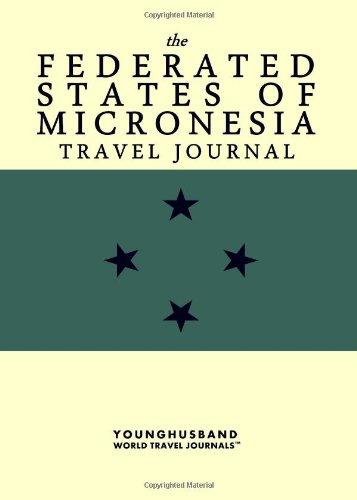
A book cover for The Federated States of Micronesia Travel Journal; Younghusband World Travel Journals; Travel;